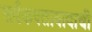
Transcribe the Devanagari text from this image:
सर्वंकषतावादाची